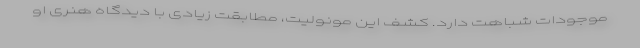
موجودات شباهت دارد. کشف این مونولیت، مطابقت زیادی با دیدگاه هنری او